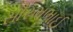
સૌરભભાઈ